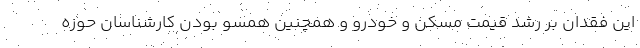
این فقدان بر رشد قیمت مسکن و خودرو و همچنین همسو بودن کارشناسان حوزه